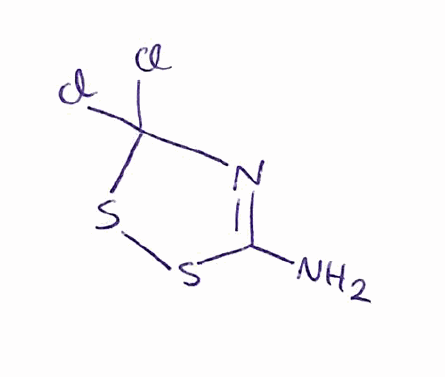
Simplified molecular-input line-entry system (SMILES) notation of the given molecule:
C1(=NC(SS1)(Cl)Cl)N